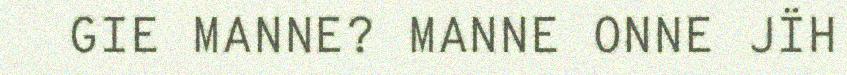
GIE MANNE? MANNE ONNE JÏH